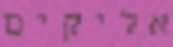
אליקים